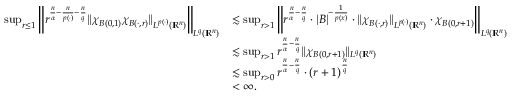
\begin{array} { r l } { \quad \operatorname* { s u p } _ { r \leq 1 } \left\| r ^ { \frac { n } { \alpha } - \frac { n } { p ( \cdot ) } - \frac { n } { q } } \| \chi _ { B ( 0 , 1 ) } \chi _ { B ( \cdot , r ) } \| _ { L ^ { p ( \cdot ) } ( \mathbb { R } ^ { n } ) } \right\| _ { L ^ { q } ( \mathbb { R } ^ { n } ) } } & { \lesssim \operatorname* { s u p } _ { r > 1 } \left\| r ^ { \frac { n } { \alpha } - \frac { n } { q } } \cdot | B | ^ { - \frac { 1 } { p ( x ) } } \cdot \| \chi _ { B ( \cdot , r ) } \| _ { L ^ { p ( \cdot ) } ( \mathbb { R } ^ { n } ) } \cdot \chi _ { B ( 0 , r + 1 ) } \right\| _ { L ^ { q } ( \mathbb { R } ^ { n } ) } } \\ & { \lesssim \operatorname* { s u p } _ { r > 1 } r ^ { \frac { n } { \alpha } - \frac { n } { q } } \| \chi _ { B ( 0 , r + 1 ) } \| _ { L ^ { q } ( \mathbb { R } ^ { n } ) } } \\ & { \lesssim \operatorname* { s u p } _ { r > 0 } r ^ { \frac { n } { \alpha } - \frac { n } { q } } \cdot ( r + 1 ) ^ { \frac { n } { q } } } \\ & { < \infty . } \end{array}